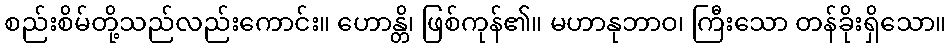
စည်းစိမ်တို့သည်လည်းကောင်း။ ဟောန္တိ၊ ဖြစ်ကုန်၏။ မဟာနုဘာဝ၊ ကြီးသော တန်ခိုးရှိသော။